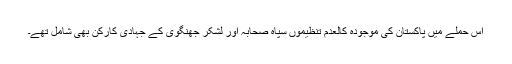
اس حملے میں پاکستان کی موجودہ کالعدم تنظیموں سپاہ صحابہ اور لشکر جھنگوی کے جہادی کارکن بھی شامل تھے۔